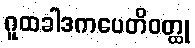
ဂူထခါဒကပေတိဝတ္ထု